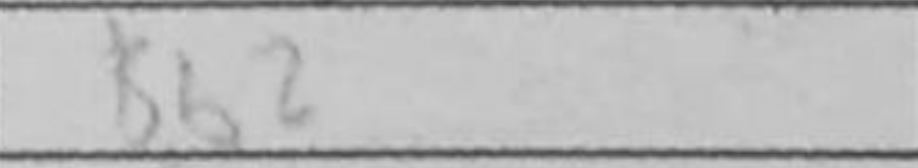
Transcription: Bb2